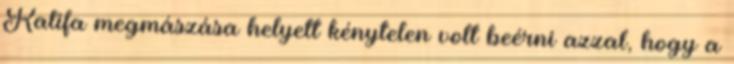
Kalifa megmászása helyett kénytelen volt beérni azzal, hogy a